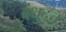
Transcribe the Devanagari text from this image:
बंधुदत्त